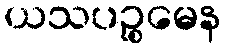
ယသပဉ္စမေန